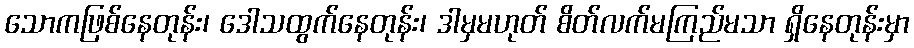
သောကဖြစ်နေတုန်း၊ ဒေါသထွက်နေတုန်း၊ ဒါမှမဟုတ် စိတ်လက်မကြည်မသာ ရှိနေတုန်းမှာ